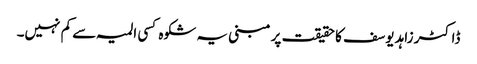
ڈاکٹر زاہد یوسف کا حقیقت پر مبنی یہ شکوہ کسی المیہ سے کم نہیں۔